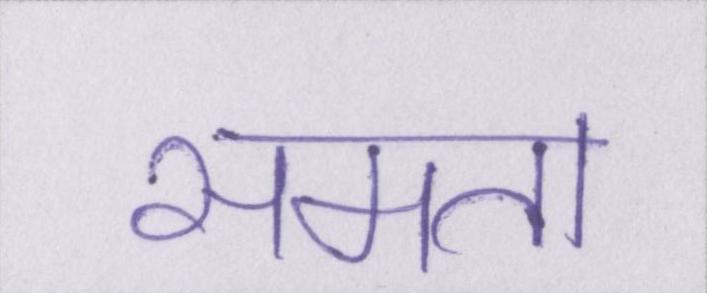
समता